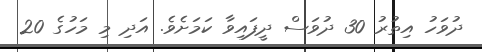
ދުވަހު އިތުރު 30 ދުވަސް ދީފައިވާ ކަމަށެވެ. އަދި މި މަހުގެ 20